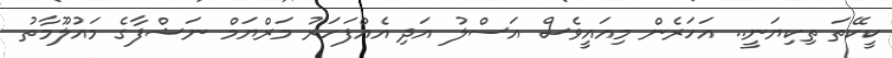
ކީކޭތަ ތިކިޔަނީ.. އަހަރެން މިއައީވެސް އަސްލު އަދި އެއްފަހަރު މަރްޔަމް ނަޝްފާގެ މައުލޫމާތު